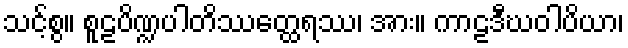
သင့်စွ။ စူဠပိဏ္ဍပါတိဿတ္ထေရဿ၊ အား။ ကာဠဒီဃဝါပိယာ၊